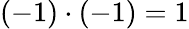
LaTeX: (-1)\cdot(-1)=1